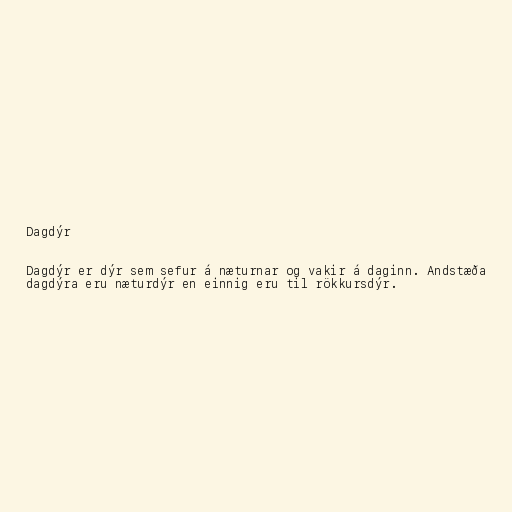
Dagdýr

Dagdýr er dýr sem sefur á næturnar og vakir á daginn. Andstæða
dagdýra eru næturdýr en einnig eru til rökkursdýr.